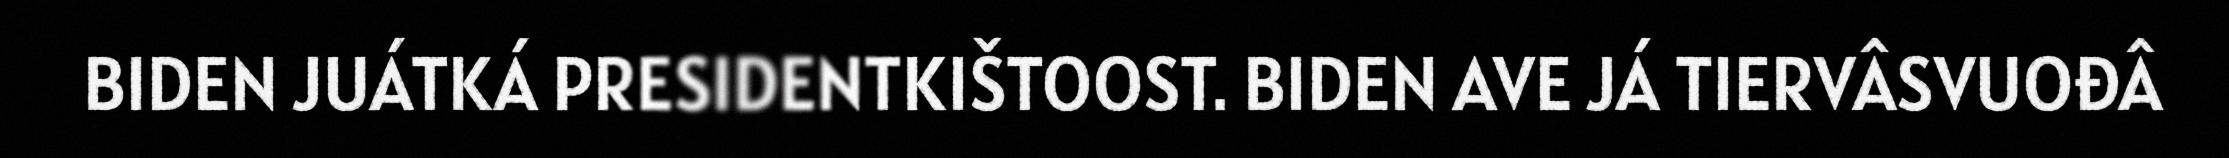
BIDEN JUÁTKÁ PRESIDENTKIŠTOOST. BIDEN AVE JÁ TIERVÂSVUOĐÂ